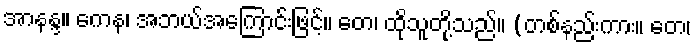
အာနန္ဒ။ ကေန၊ အဘယ်အကြောင်းဖြင့်။ တေ၊ ထိုသူတို့သည်။ (တစ်နည်းကား။ တေ၊